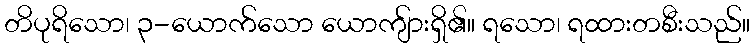
တိပုရိသော၊ ၃-ယောက်သော ယောကျ်ားရှိ၏။ ရသော၊ ရထားတစီးသည်။